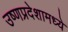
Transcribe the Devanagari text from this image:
उष्णप्रदेशामध्ये